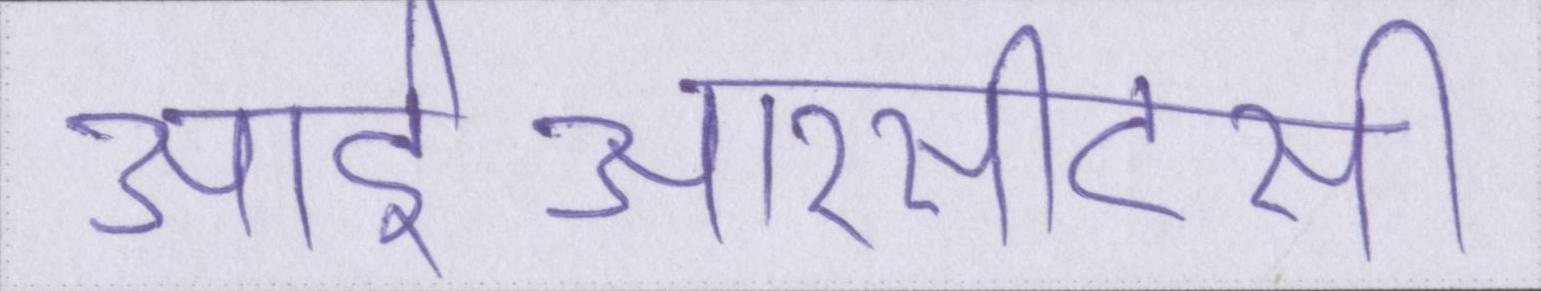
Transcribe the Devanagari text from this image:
आईआरसीटीसी